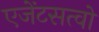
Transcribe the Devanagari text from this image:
एजेंटसत्वो